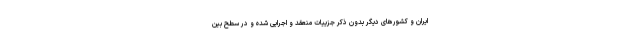
ایران و کشورهای دیگر بدون ذکر جزییات منعقد و اجرایی شده و در سطح بین